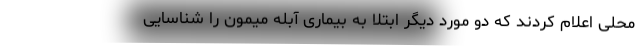
محلی اعلام کردند که دو مورد دیگر ابتلا به بیماری آبله میمون را شناسایی